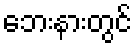
ဘေးနားတွင်